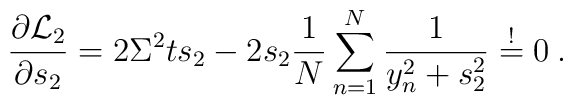
\frac{\partial {\cal L}_2}{\partial s_2}=2\Sigma^2 ts_2-2s_2  \frac{1}{N}\sum_{n=1}^N\frac{1}{y_n^2+s_2^2}\stackrel{!}{=} 0 \:.